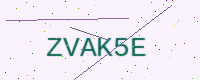
Text: ZVAK5E